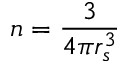
n = \frac { 3 } { 4 \pi r _ { s } ^ { 3 } }